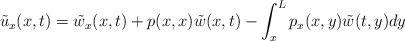
LaTeX: \begin{align*}\tilde{u}_x(x,t)=\tilde{w}_x(x,t)+p(x,x)\tilde{w}(x,t)-\int_x^L p_x(x,y)\tilde{w}(t,y)dy\end{align*}